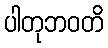
ပါတုဘဝတိ